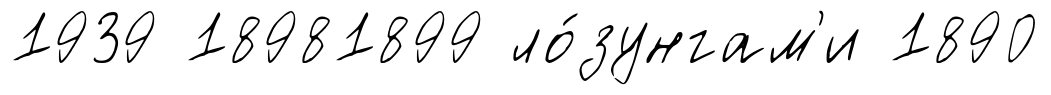
1939 18981899 ло́зунгам'и 1890